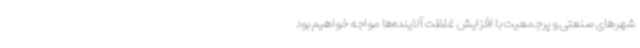
شهرهای صنعتی و پرجمعیت با افزایش غلظت آلاینده‌ها مواجه خواهیم بود